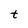
Character: t